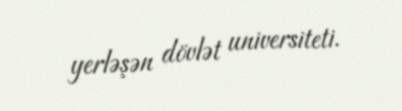
yerləşən dövlət universiteti.